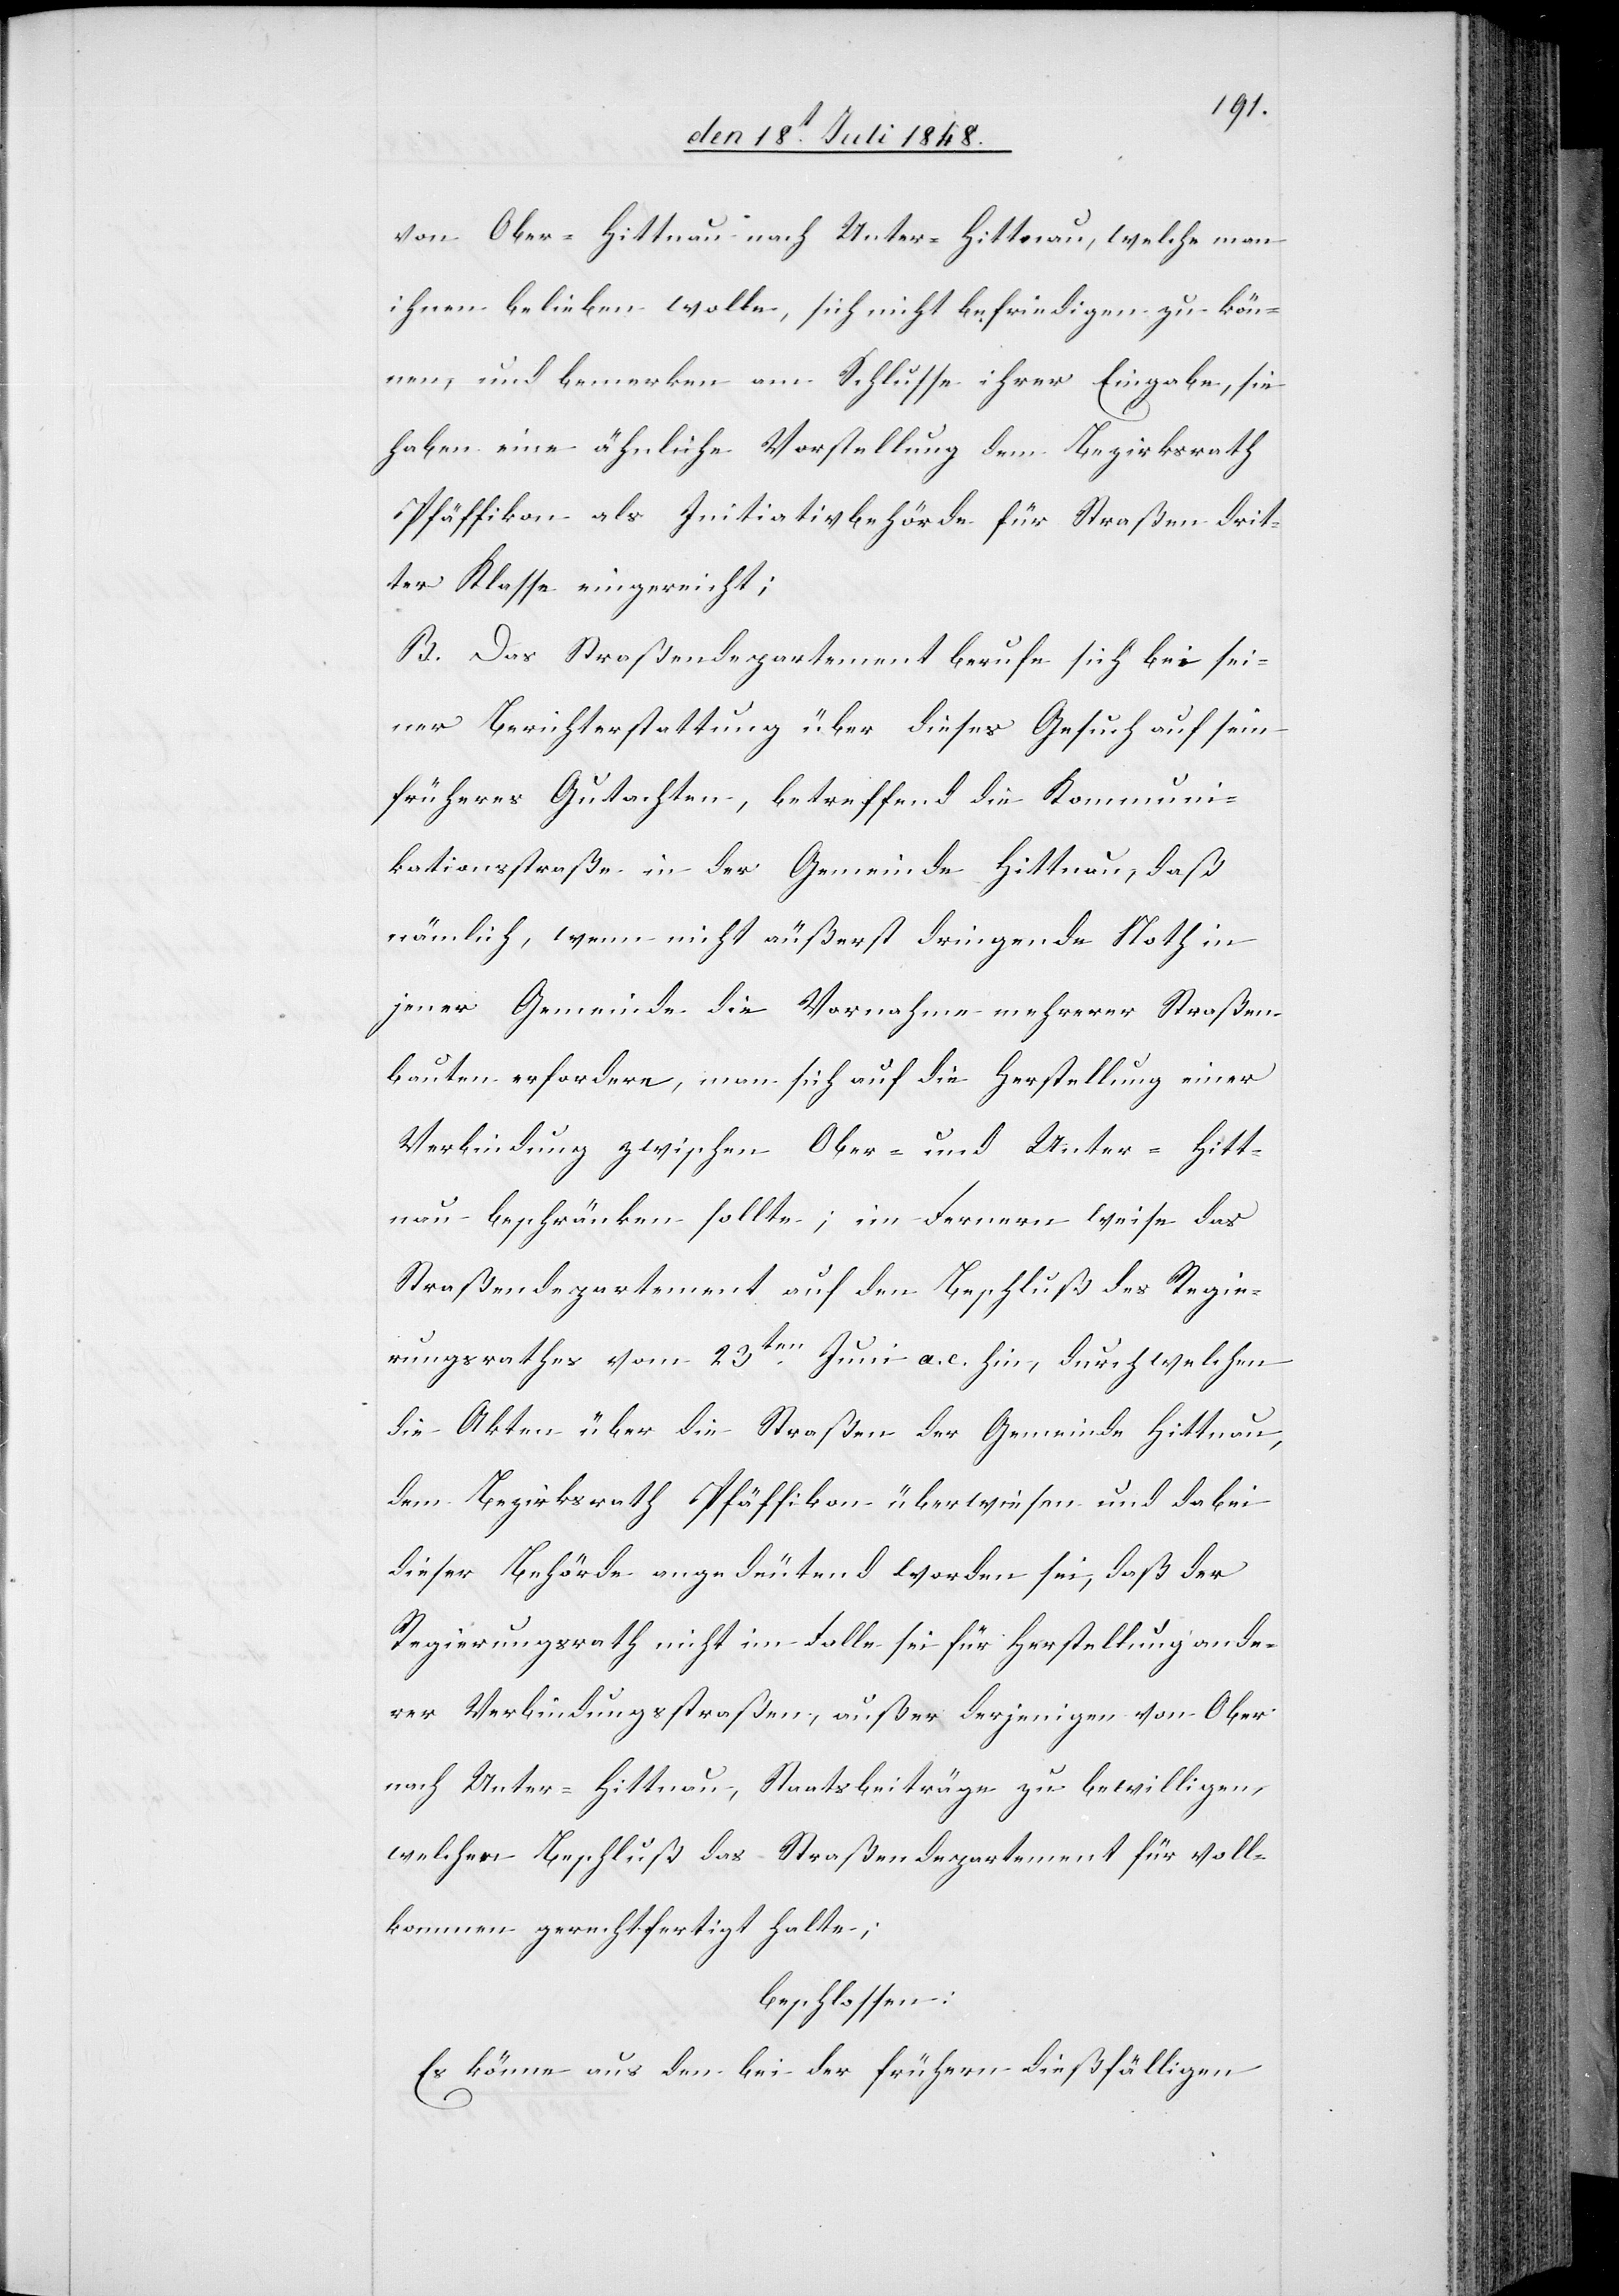
von Ober-Hittnau nach Unter-Hittnau, welche man
ihnen belieben wolle, sich nicht befriedigen zu kön¬
nen, und bemerken am Schlusse ihrer Eingabe, sie
haben eine ähnliche Vorstellung dem Bezirksrath
Pfäffikon als Initiativbehörde für Straßen drit¬
ter Klasse eingereicht;
B. Das Straßendepartement berufe sich bei sei¬
ner Berichterstattung über dieses Gesuch auf sein
früheres Gutachten, betreffend die Kommuni¬
kationsstraße in der Gemeinde Hittnau, daß
nämlich, wenn nicht äußerst dringende Noth in
jener Gemeinde die Vornahme mehrerer Straßen¬
bauten erfordere, man sich auf die Herstellung einer
Verbindung zwischen Ober- und Unter-Hitt¬
nau beschränken sollte; im Fernern weise das
Straßendepartement auf den Beschluß des Regie¬
rungsrathes vom 23ten Juni a. c. hin, durch welchen
die Akten über die Straßen der Gemeinde Hittnau,
dem Bezirksrath Pfäffikon überwiesen und dabei
dieser Behörde angedeutend [sic!] worden sei, daß der
Regierungsrath nicht im Falle sei für Herstellung ande¬
rer Verbindungsstraßen, außer derjenigen von Ober-
nach Unter-Hittnau, Staatsbeiträge zu bewilligen,
welchen Beschluß das Straßendepartement für voll¬
kommen gerechtfertigt halte,
beschlossen:
Es könne aus den bei der frühern dießfälligen